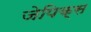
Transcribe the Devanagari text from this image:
जेपिक्स